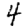
Digit: 4